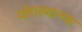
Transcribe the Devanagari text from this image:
योगस्थानक